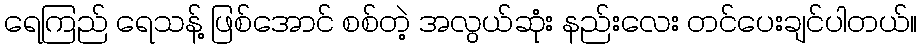
ရေကြည် ရေသန့် ဖြစ်အောင် စစ်တဲ့ အလွယ်ဆုံး နည်းလေး တင်ပေးချင်ပါတယ်။